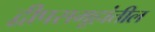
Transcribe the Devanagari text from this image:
द्वीपसमूहांतील